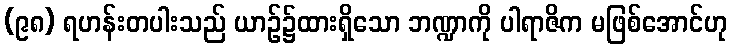
(၉၈) ရဟန်းတပါးသည် ယာဉ်၌ထားရှိသော ဘဏ္ဍာကို ပါရာဇိက မဖြစ်အောင်ဟု